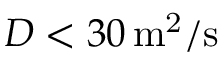
D < 3 0 \, \mathrm { m ^ { 2 } / s }